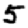
Digit: 5